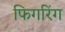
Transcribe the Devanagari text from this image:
फिगरिंग